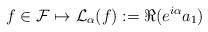
LaTeX: \begin{align*} f\in \mathcal{F}\mapsto \mathcal{L}_\alpha(f):=\Re(e^{i\alpha} a_1) \end{align*}